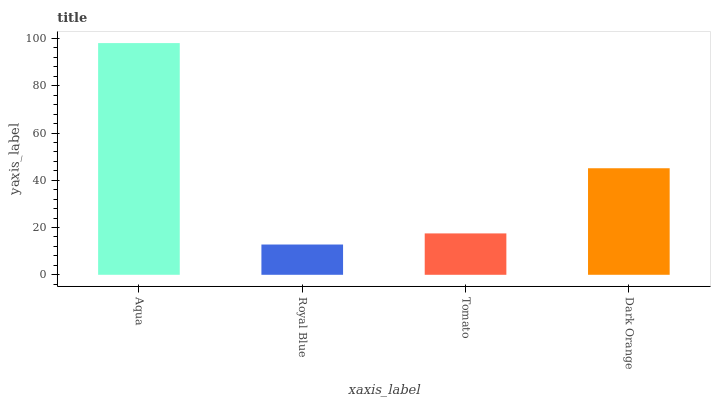
| xaxis_label | bars |
 | --- | --- |
 | Aqua | 98.1 |
 | Royal Blue | 12.8 |
 | Tomato | 17.5 |
 | Dark Orange | 45.1 |